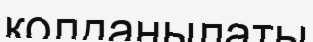
қолданылаты